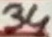
Text: 34